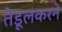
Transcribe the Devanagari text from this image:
तेंडूलकरने